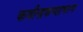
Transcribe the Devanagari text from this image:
कवीन्द्रकण्ठाभरण